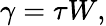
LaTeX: \gamma=\tau W,